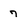
Character: 7